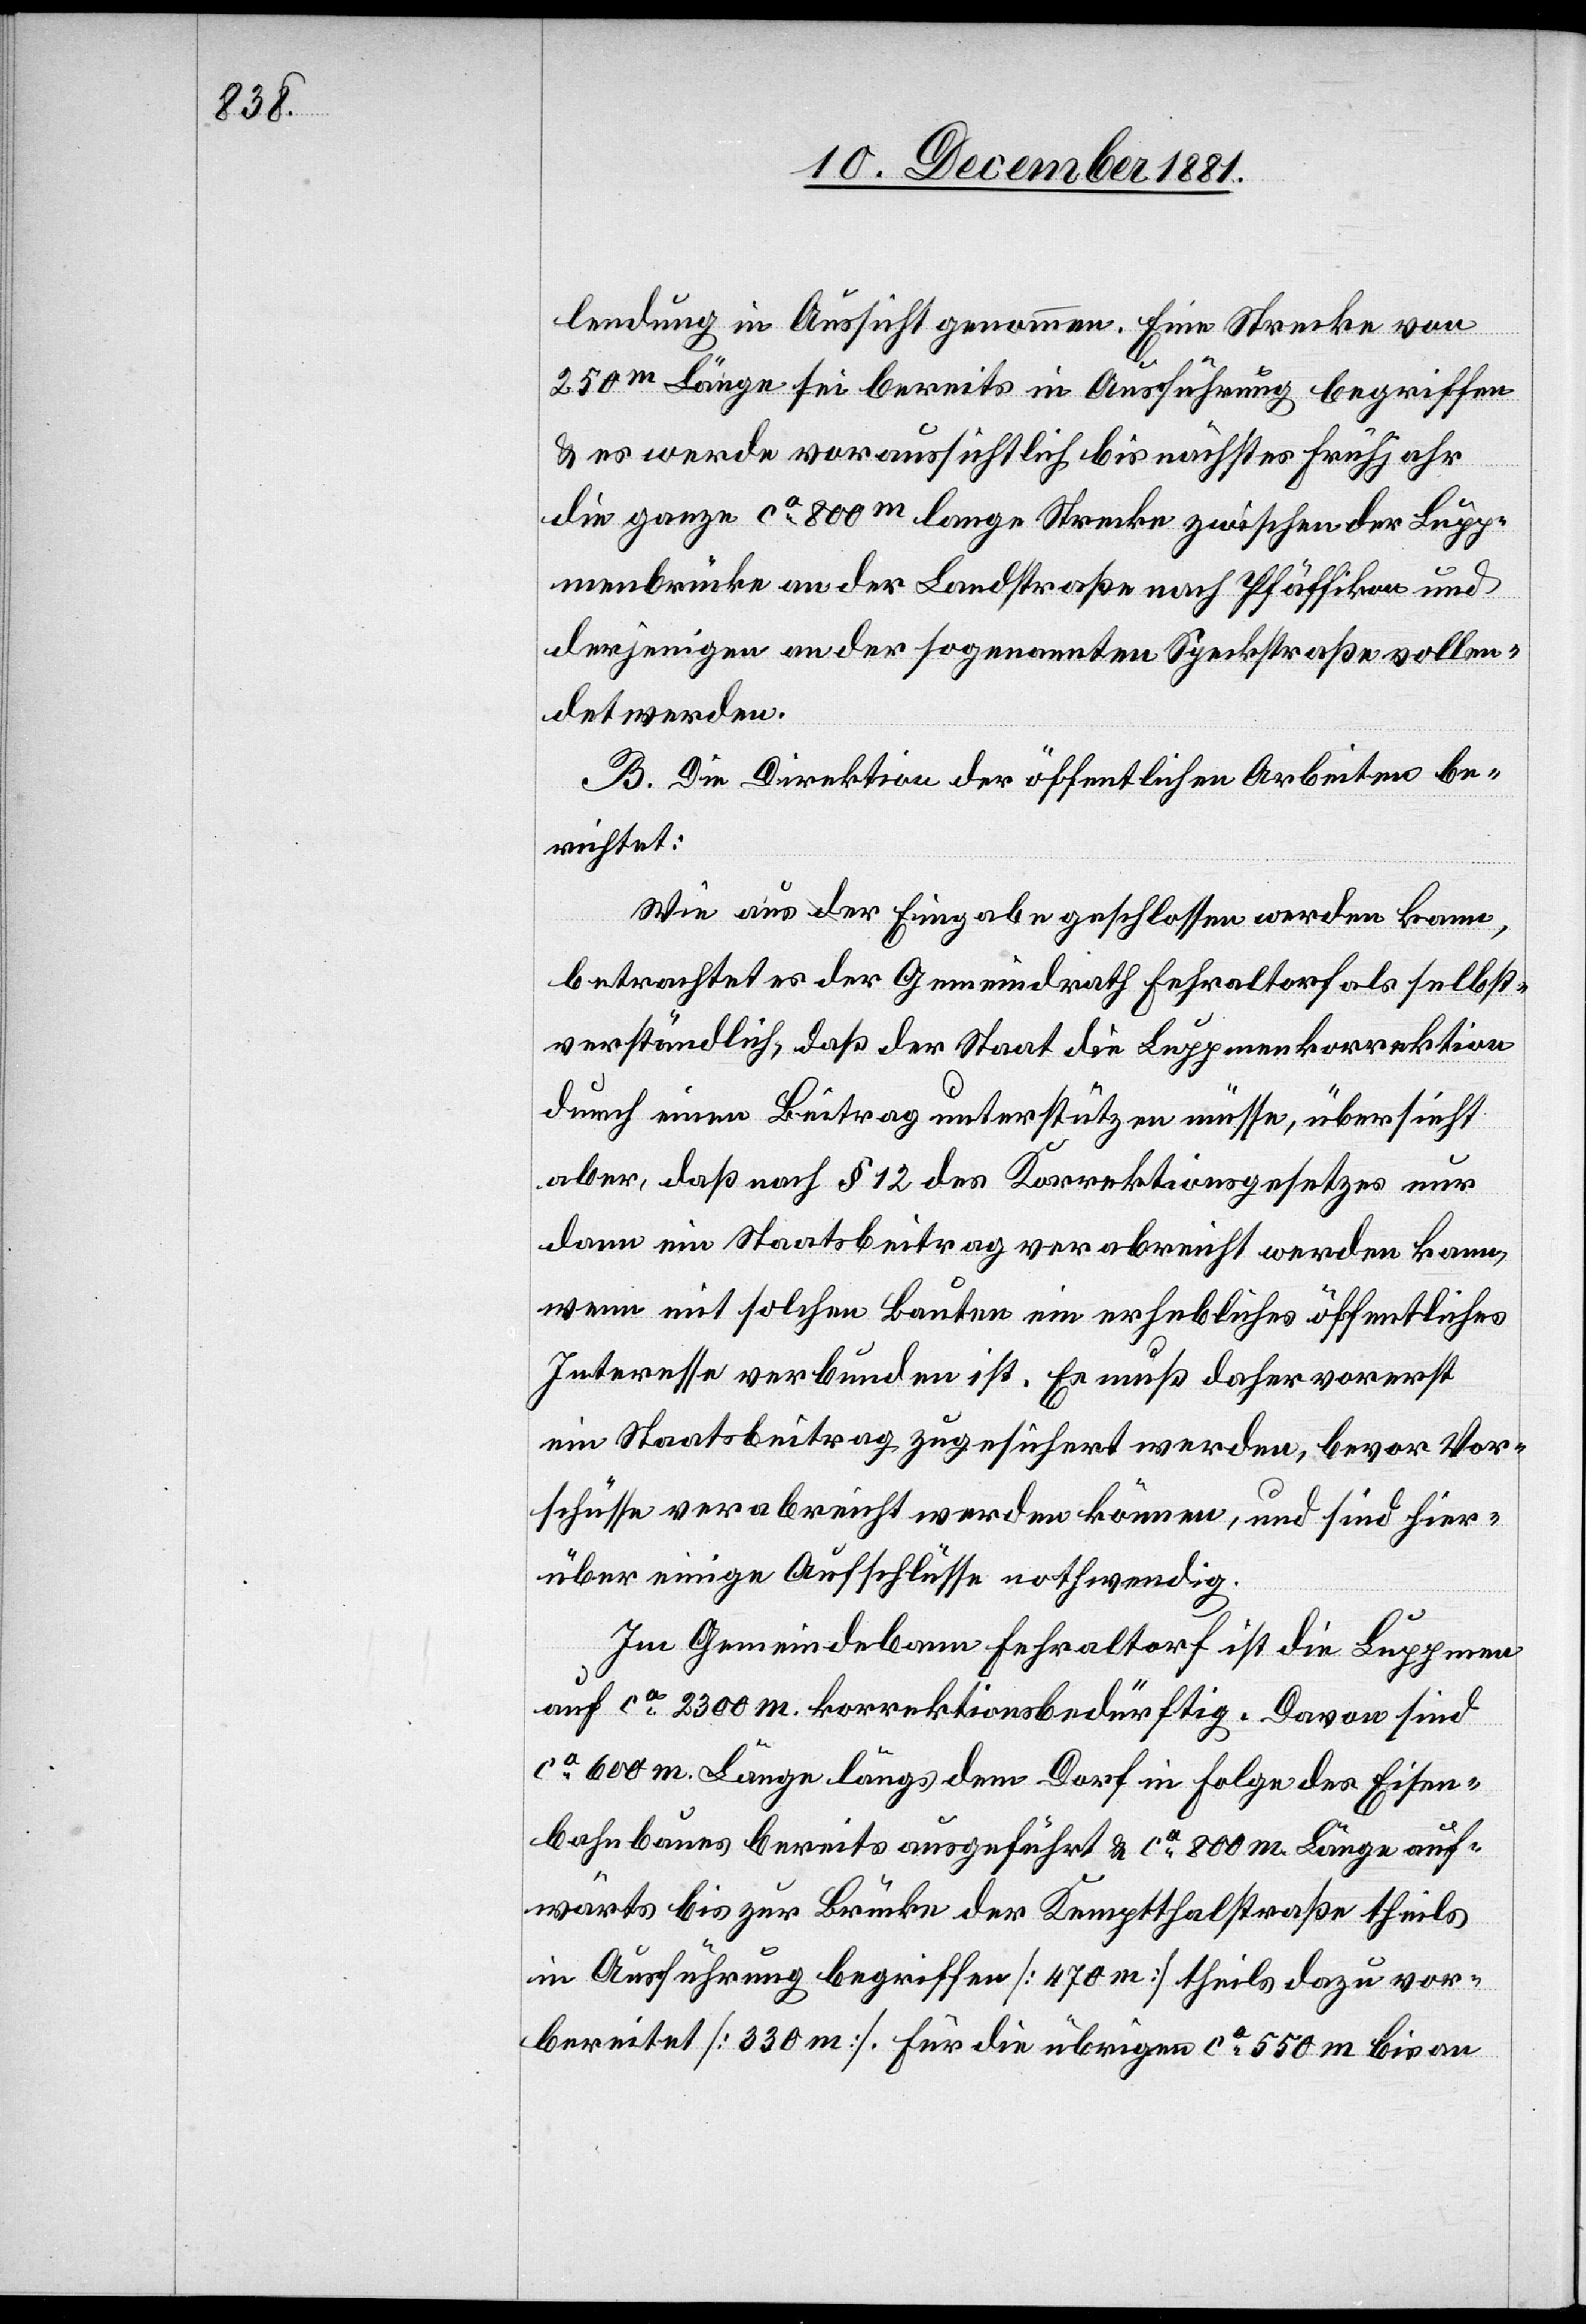
lendung in Aussicht genommen. Eine Strecke von
250m Länge sei bereits in Ausführung begriffen
& es werde voraussichtlich bis nächstes Frühjahr
die ganze ca 800m lange Strecke zwischen der Lupp¬
menbrücke an der Landstraße nach Pfäffikon und
derjenigen an der sogenannten Speckstraße vollen¬
det werden.
B. Die Direktion der öffentlichen Arbeiten be¬
richtet:
Wie aus der Eingabe geschlossen werden kann,
betrachtet es der Gemeindrath Fehraltorf als selbst¬
verständlich, daß der Staat die Luppmenkorrektion
durch einen Beitrag unterstützen müsse, übersieht
aber, daß nach § 12 des Korrektionsgesetzes nur
dann ein Staatsbeitrag verabreicht werden kann,
wenn mit solchen Bauten ein erhebliches öffentliches
Interesse verbunden ist. Es muß daher vorerst
ein Staatsbeitrag zugesichert werden, bevor Vor¬
schüsse verabreicht werden können, uns sind hier¬
über einige Aufschlüsse nothwendig.
Im Gemeindebann Fehraltorf ist die Luppmen
auf ca 2300 m. korrektionsbedürftig. Davon sind
ca 600 m. Länge längs dem Dorf in Folge des Eisen¬
bahnbaues bereits ausgeführt & ca 800 m. Länge auf¬
wärts bis zur Brücke der Kemptthalstraße theils
in Ausführung begriffen [470 m] theils dazu vor¬
bereitet [330 m]. Für die übrigen ca 550 m bis an